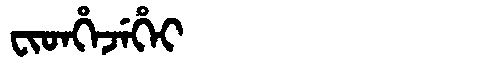
Manchu: ᠸᡳᡨᡥᡝᠵᡝᡥᡝᡳ
Romanization: FITHEJEHEI